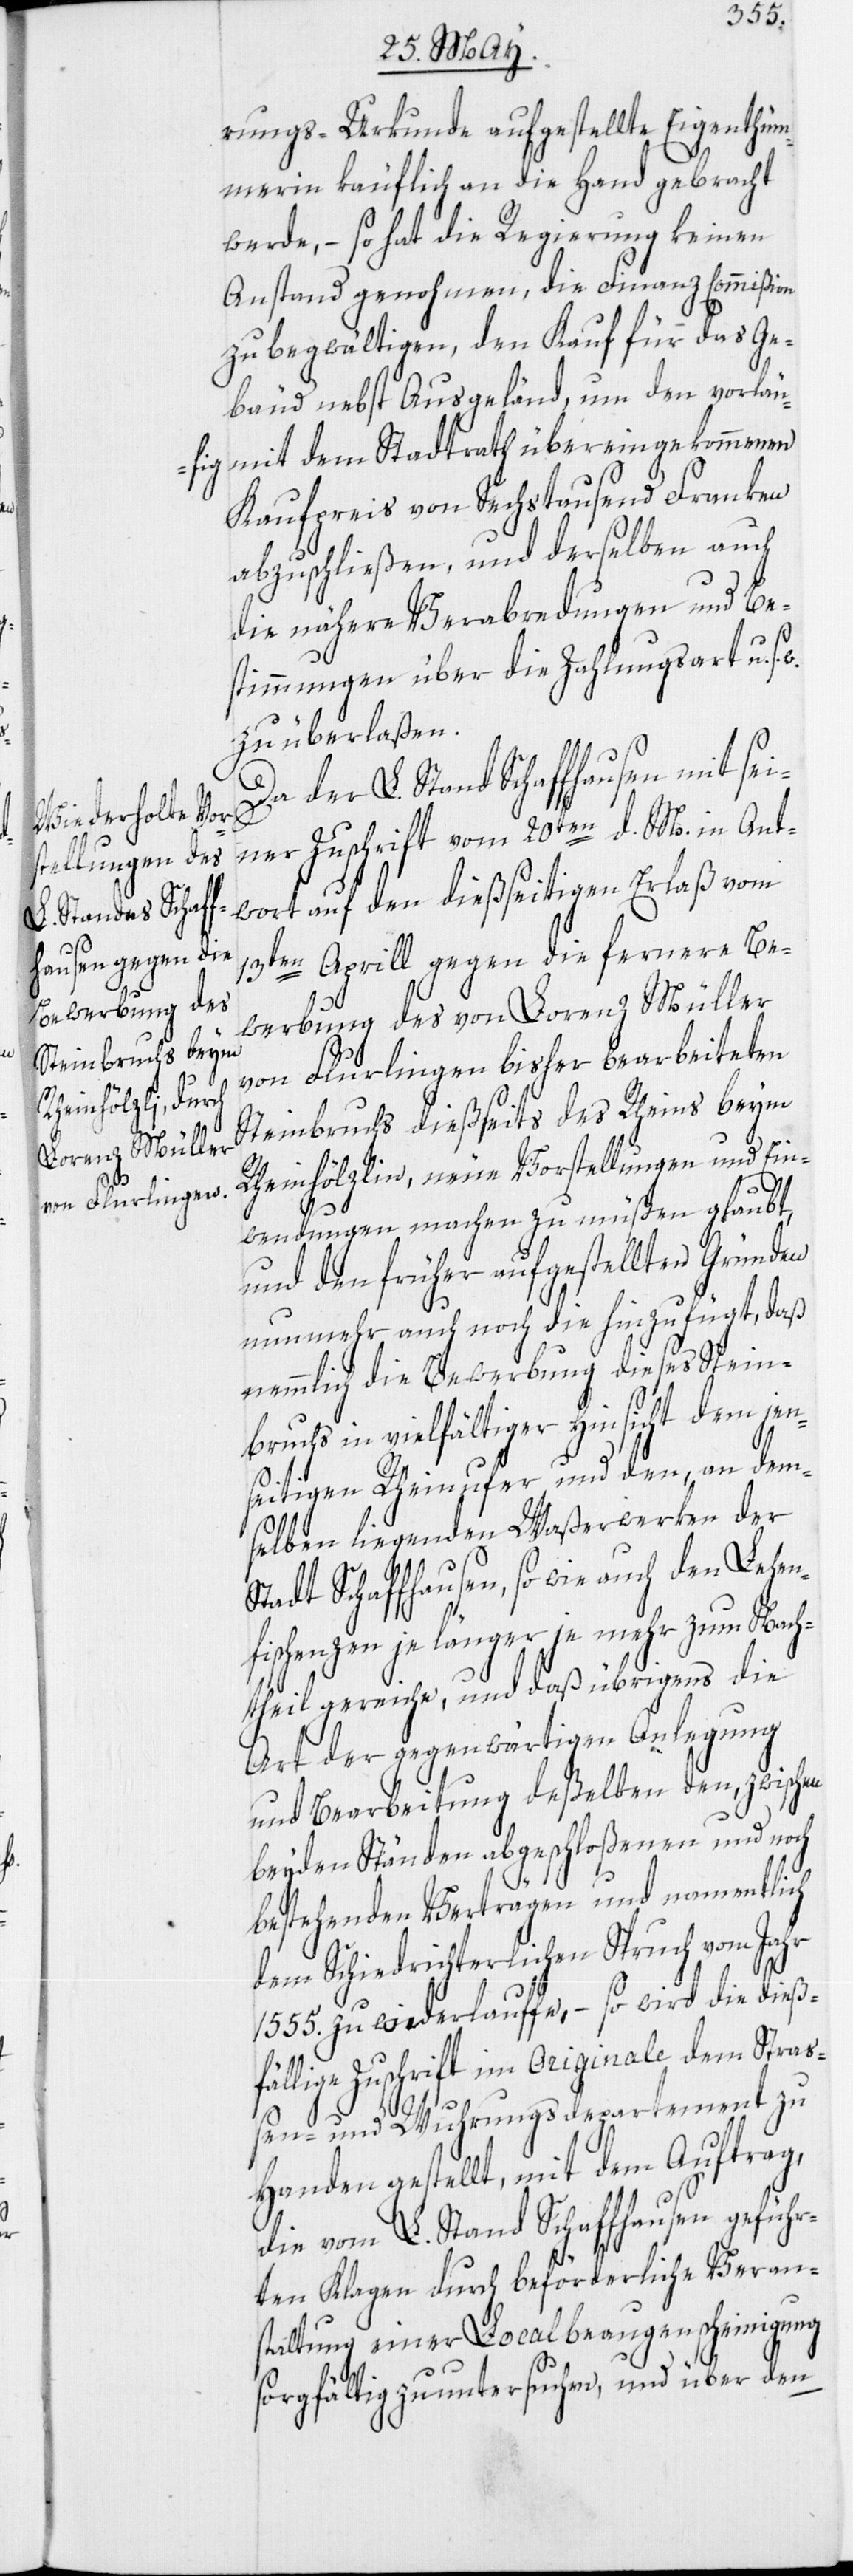
rungs-Urkunde aufgestellte Eigenthüm¬
merin käuflich an die Hand gebracht
werde, – so hat die Regierung keinen
Anstand genohmen, die Finanz-Commißion
zu begwältigen, den Kauf für das Ge¬
bäud nebst Ausgeländ, um den vorläu¬
fig mit dem Stadtrath übereingekommenen
Kaufpreis von Sechstausend Franken
abzuschließen, und derselben auch
die nähere[n] Verabredungen und Be¬
stimmungen über die Zahlungsart u.
zu überlaßen.
Da der L. Stand Schaffhausen mit sei¬
ner Zuschrift vom 20ten d. M. in Ant¬
wort auf den dießseitigen Erlaß vom
13ten Aprill gegen die fernere Be¬
werbung des von Lorenz Müller
von Flurlingen bisher bearbeiteten
Steinbruchs dießseits des Rheins beym
Rheinhölzlin, neue Vorstellungen und Ein¬
s. w.
wendungen machen zu müßen glaubt,
und den früher aufgestellten Gründen
nunmehr auch noch die hinzufügt, daß
nemmlich die Bewerbung dieses Stein¬
bruchs in vielfältiger Hinsicht dem jen¬
seitigen Rheinufer und den, an dem¬
selben liegenden Waßerwerken der
Stadt Schaffhausen, so wie auch den Lehen¬
fischenzen je länger je mehr zum Nach¬
theil gereiche, und daß übrigens die
Art der gegenwärtigen Anlegung
und Bearbeitung deßelben den, zwischen
beyden Ständen abgeschloßenen und noch
bestehenden Verträgen und namentlich
dem Schiedrichterlichen Spruch vom Jahr
1555. zu wiederlauffe, – so wird die dieß¬
fällige Zuschrift im Originale dem Stra¬
ßen- und Wuhrungsdepartement zu
Handen gestellt, mit dem Auftrag,
die vom L. Stand Schaffhausen geführ¬
ten Klagen durch beförderliche Veran¬
staltung einer Localbeaugenscheinigung
sorgfältig zu untersuchen, und über den